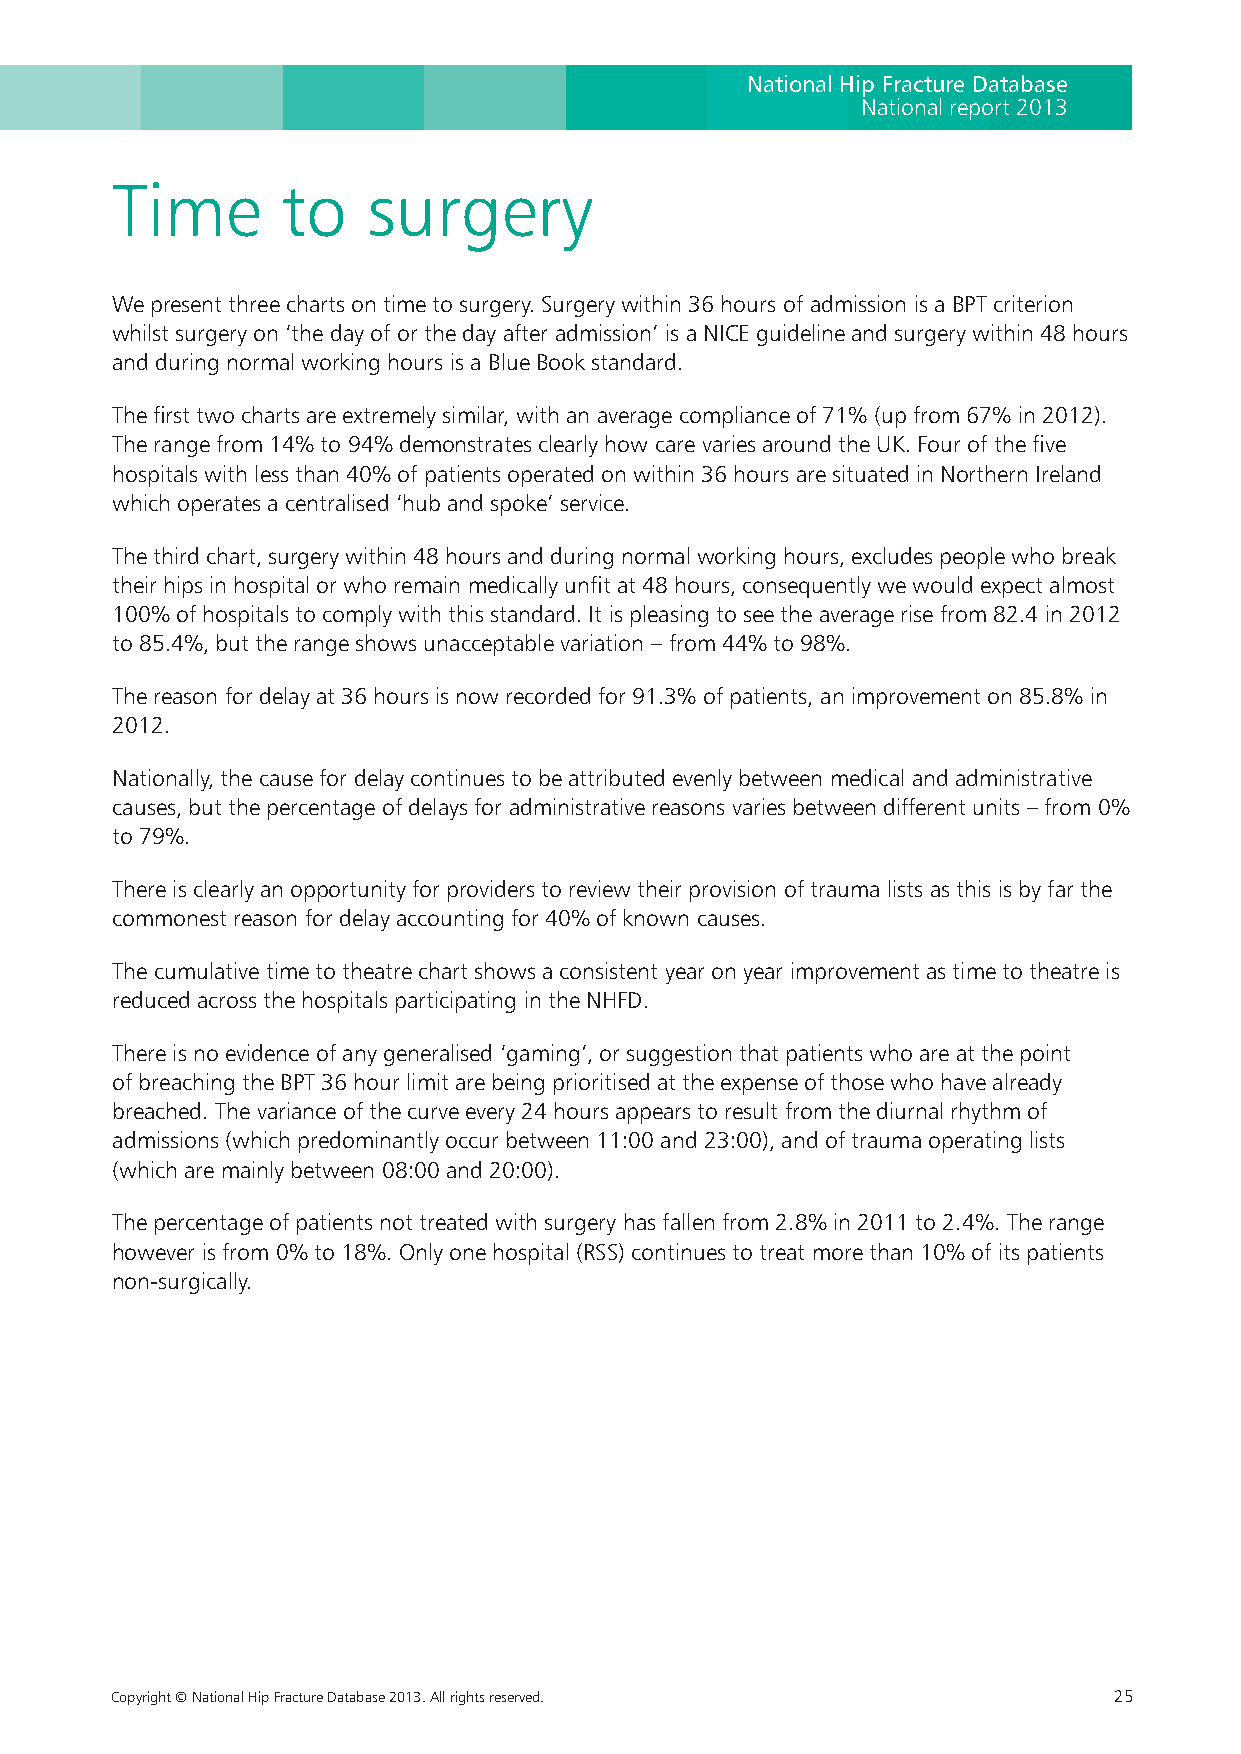
National Hip Fracture Database
 National report 2013
 Time        to   surgery
 We present three charts on time to surgery. Surgery within 36 hours of admission is a BPT criterion
 whilst surgery on ‘the day of or the day after admission’ is a NICE guideline and surgery within 48 hours
 and during normal working hours is a Blue Book standard.
 The first two charts are extremely similar, with an average compliance of 71% (up from 67% in 2012).
 The range from 14% to 94% demonstrates clearly how care varies around the UK. Four of the five
 hospitals with less than 40% of patients operated on within 36 hours are situated in Northern Ireland
 which operates a centralised ‘hub and spoke’ service.
 The third chart, surgery within 48 hours and during normal working hours, excludes people who break
 their hips in hospital or who remain medically unfit at 48 hours, consequently we would expect almost
 100% of hospitals to comply with this standard. It is pleasing to see the average rise from 82.4 in 2012
 to 85.4%, but the range shows unacceptable variation – from 44% to 98%.
 The reason for delay at 36 hours is now recorded for 91.3% of patients, an improvement on 85.8% in
 2012.
 Nationally, the cause for delay continues to be attributed evenly between medical and administrative
 causes, but the percentage of delays for administrative reasons varies between different units – from 0%
 to 79%.
 There is clearly an opportunity for providers to review their provision of trauma lists as this is by far the
 commonest reason for delay accounting for 40% of known causes.
 The cumulative time to theatre chart shows a consistent year on year improvement as time to theatre is
 reduced across the hospitals participating in the NHFD.
 There is no evidence of any generalised ‘gaming’, or suggestion that patients who are at the point
 of breaching the BPT 36 hour limit are being prioritised at the expense of those who have already
 breached. The variance of the curve every 24 hours appears to result from the diurnal rhythm of
 admissions (which predominantly occur between 11:00 and 23:00), and of trauma operating lists
 (which are mainly between 08:00 and 20:00).
 The percentage of patients not treated with surgery has fallen from 2.8% in 2011 to 2.4%. The range
 however is from 0% to 18%. Only one hospital (RSS) continues to treat more than 10% of its patients
 non-surgically.
 Copyright © National Hip Fracture Database 2013. All rights reserved. 25